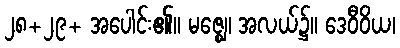
၂၈+၂၉+ အပေါင်း၏။ မဇ္ဈေ၊ အလယ်၌။ ဒေဝီဝိယ၊